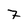
Character: 7